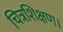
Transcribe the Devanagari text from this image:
चित्रशिक्षण।